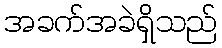
အခက်အခဲရှိသည်